Emmaste_vallavalitsus, lk 9
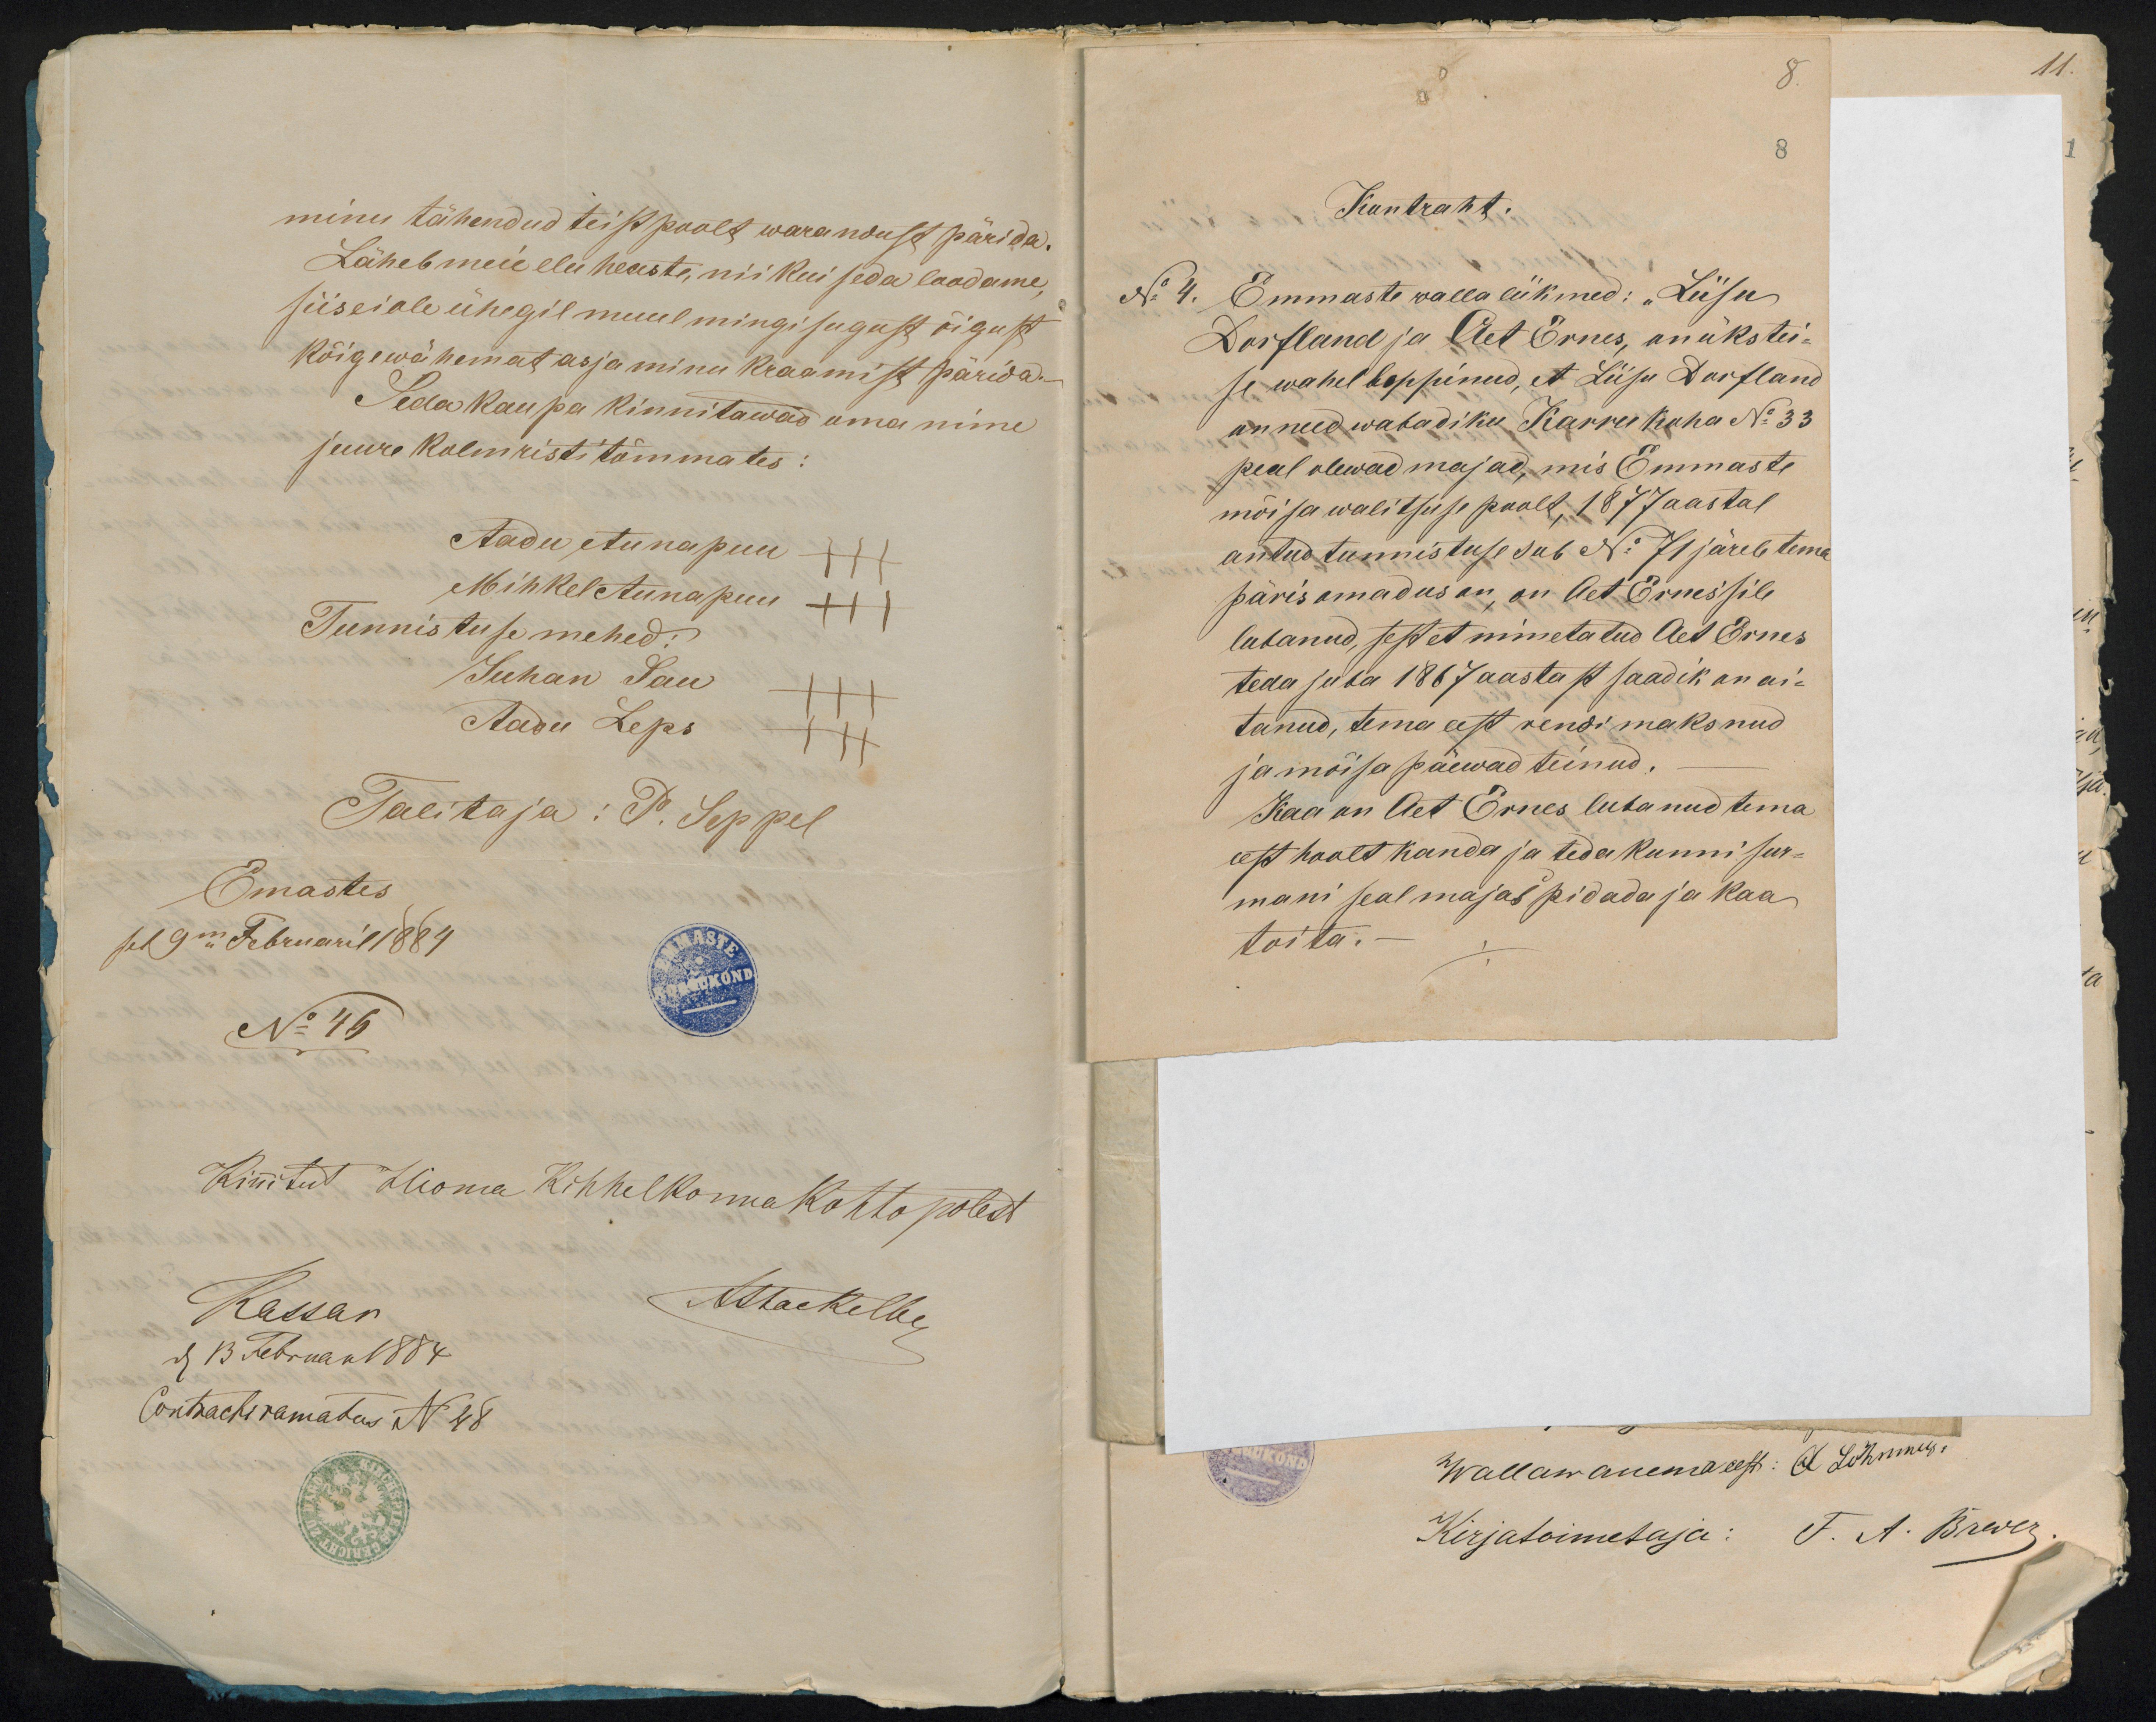
11.

minu tähendud teist poolt warandust pärida.
Läheb meie elu heaste, nii kui seda loodame,
siis ei ole ühegil muul mingisugust õigust
Kõige wähemat asja minu kraamist pärida.
Seda kaupa kinnitawad oma nime
juure kolm risti tõmmates:
Aadu Aunapuu
Mihkel Aunapuu
Tunnistuse mehed:
Juhan Sau
Aadu Leps
Talitaja: P. Seppel
Emastes
sel 9m Februaril 1884
No 46
Kinnitut Hioma Kihhelkonna kohto polest
Kassar
Attackelbe
den 13 Februar 1884
Contracti ramatus N 48

8.
Kontrakt.
No 4. Emmaste walla liikmed: "Liisu
Dorfland ja Aet Ernes, on üks tei-
se wahel leppinud, et Liisa Dorfland
annud wabadiku Karru koha No 33
peal olewad majad, mis Emmaste
mõisa walitsuse poolt, 1877 aastal
antud tunnistuse sub No 71 järele tema
päris omadus on, on Aet Ernesile
lubanud, sest et nimetatud Aet Ernes
teda juba 1867 aastast saadik on ai-
tanud, tema eest rendi maksnud
ja mõisa päewad teinud.
Kaa on Aet Ernes lubanud tema
eest hoolt kanda ja teda kunni sur-
mani seal majas pidada ja kaa
toita.-